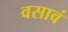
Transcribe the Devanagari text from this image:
वसावं